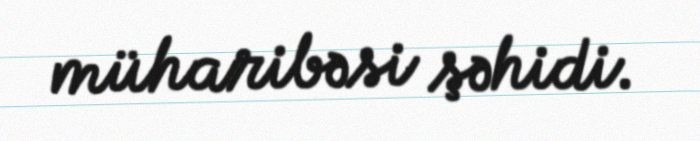
müharibəsi şəhidi.